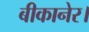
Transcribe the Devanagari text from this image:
बीकानेर।